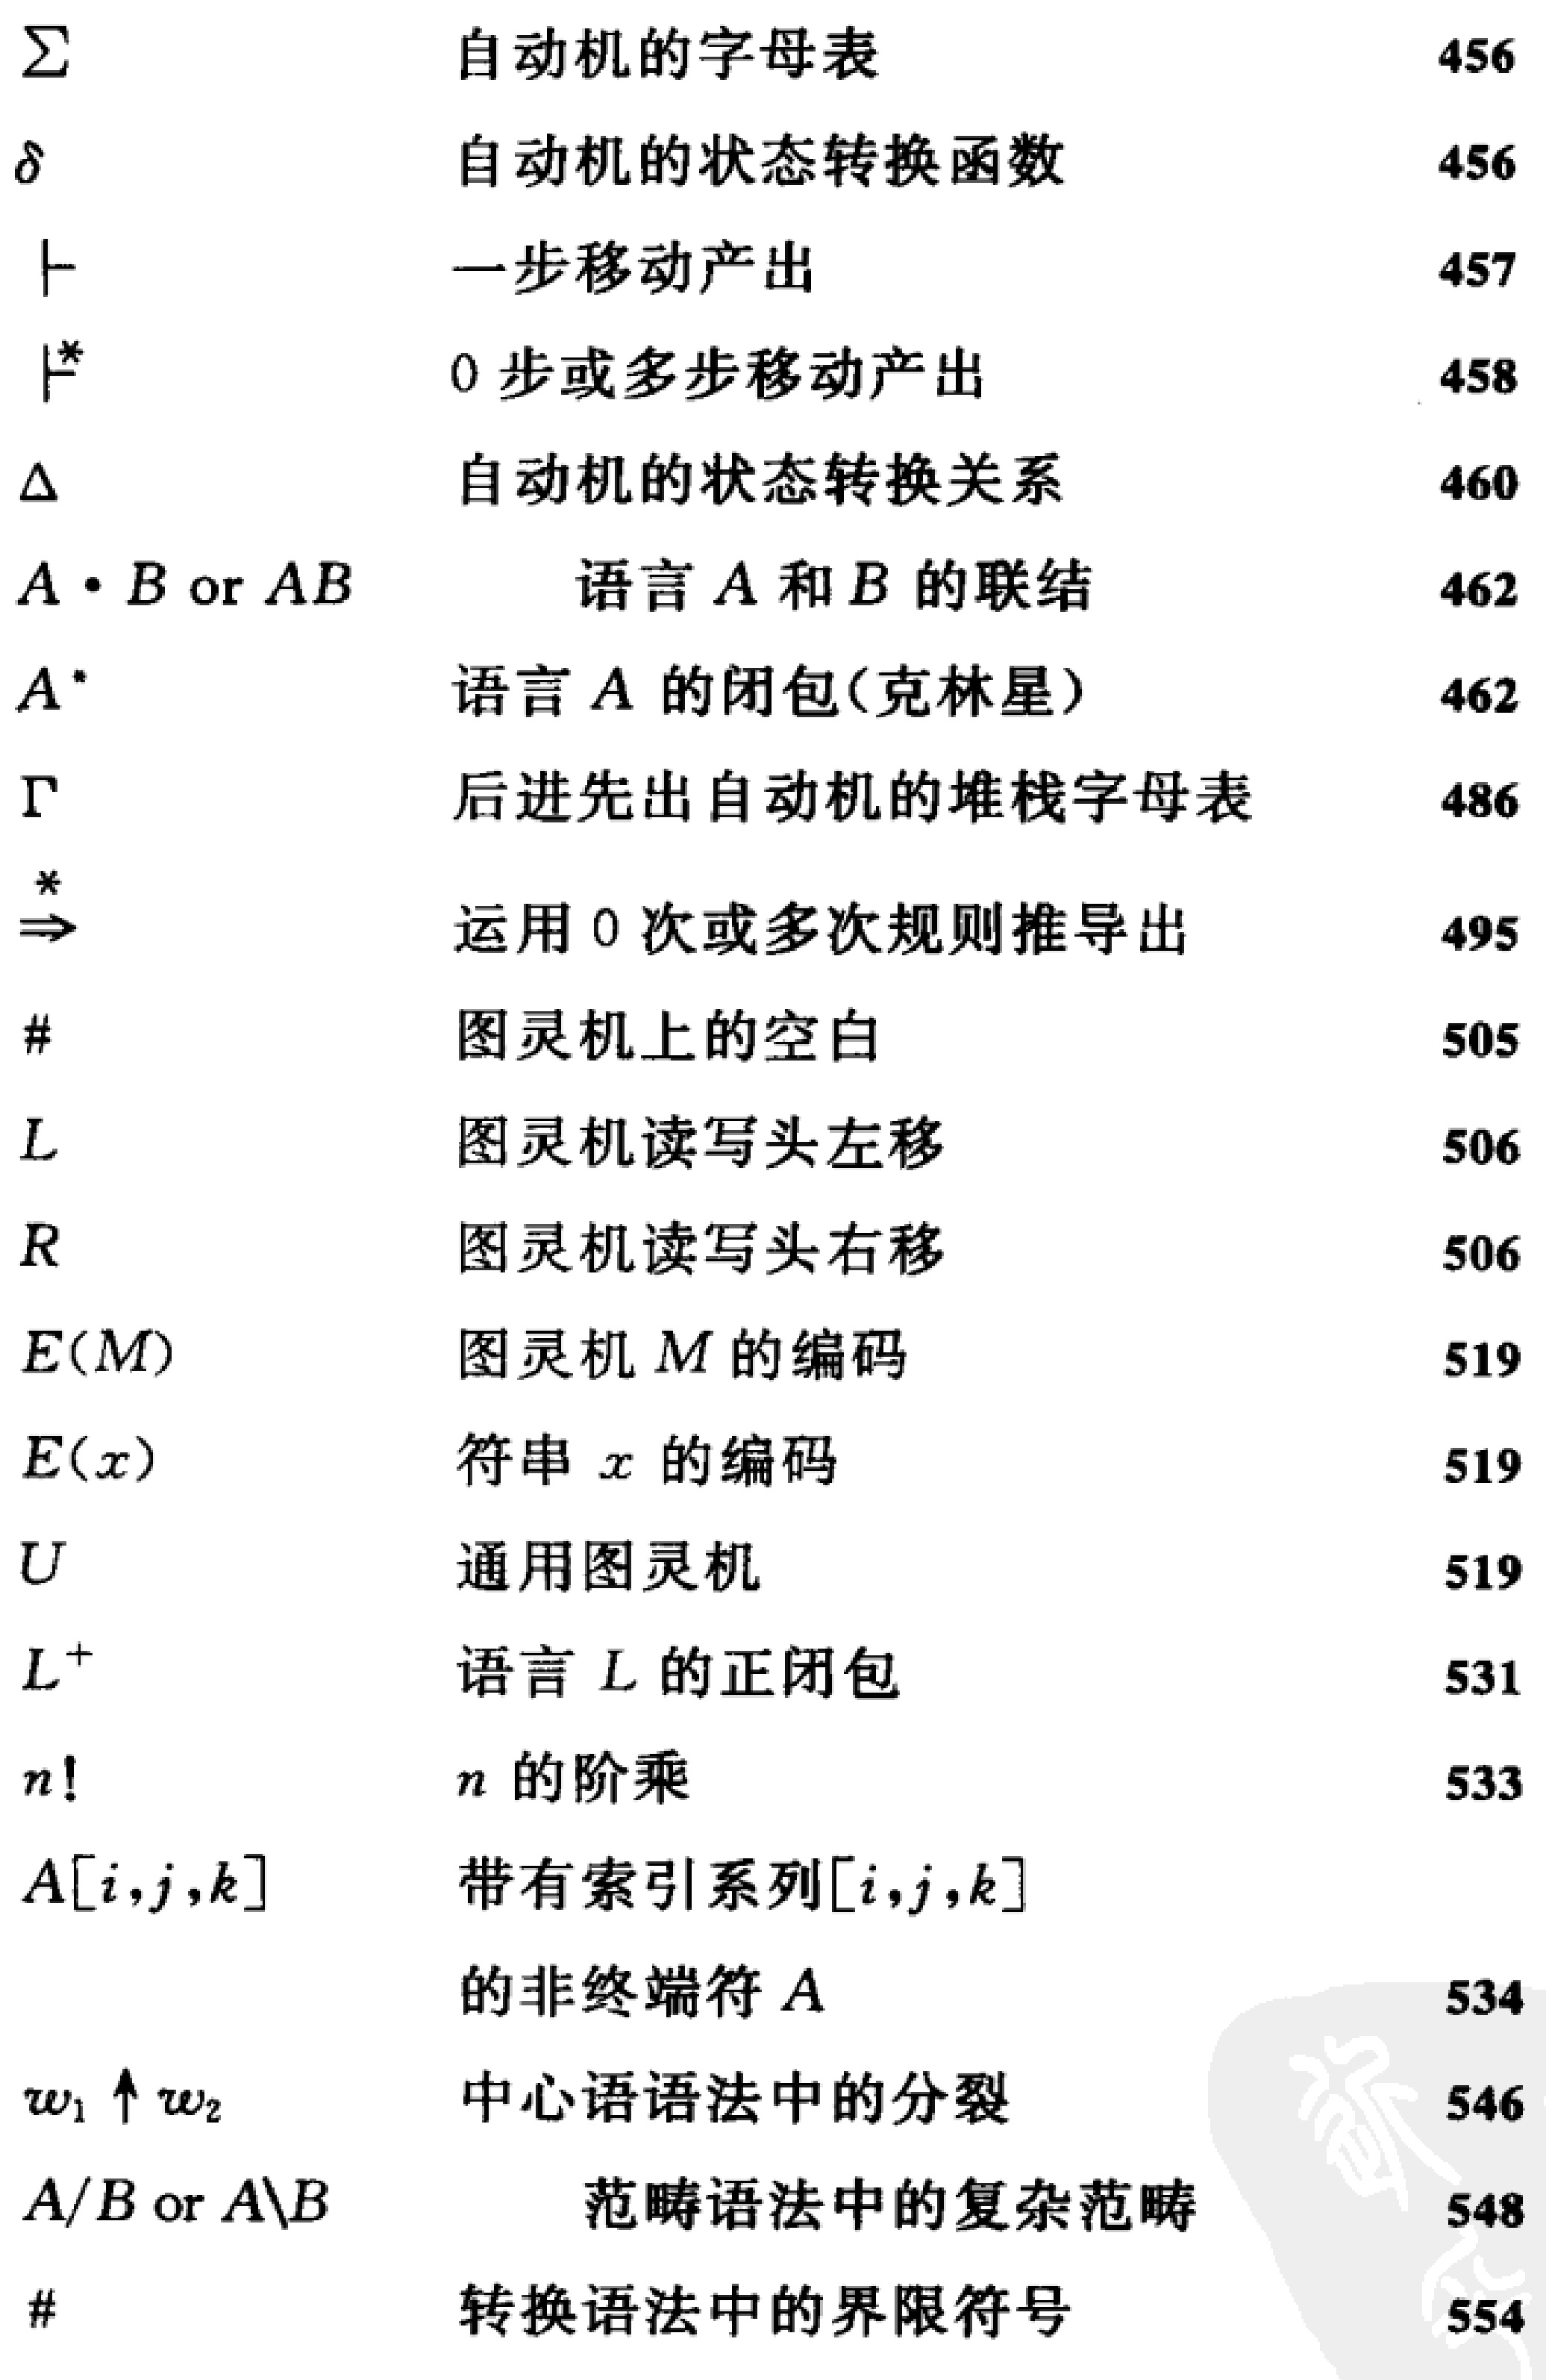
$\Sigma$ 自动机的字母表 456

$\delta$ 自动机的状态转换函数 456

$\vdash$ 一步移动产出 457

$\vdash^{*}$ 0步或多步移动产出 458

$\Delta$ 自动机的状态转换关系 460

$A\cdot B$ or $AB$ 语言 $A$ 和 $B$ 的联结 462

$A^{*}$ 语言 $A$ 的闭包(克林星) 462

$\Gamma$ 后进先出自动机的堆栈字母表 486

$\stackrel{*}{\Rightarrow}$ 运用0次或多次规则推导出 495

$\#$ 图灵机上的空白 505

$L$ 图灵机读写头左移 506

$R$ 图灵机读写头右移 506

$E(M)$ 图灵机 $M$ 的编码 519

$E(x)$ 符串 $x$ 的编码 519

$U$ 通用图灵机 519

$L^{+}$ 语言 $L$ 的正闭包 531

$n!$ $n$ 的阶乘 533

$A[i,j,k]$ 带有索引系列$[i,j,k]$ 的非终端符 $A$ 534

$w_1\uparrow w_2$ 中心语语法中的分裂 546

$A/B$ or $A\backslash B$ 范畴语法中的复杂范畴 548

$\#$ 转换语法中的界限符号 554